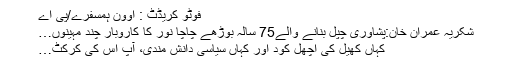
فوٹو کریڈٹ : اوون ہمسفرے/پی اے
شکریہ عمران خان:پشاوری چپل بنانے والے75 سالہ بوڑھے چاچا نور کا کاروبار چند مہینوں…
کہاں کھیل کی اچھل کود اور کہاں سیاسی دانش مندی، آپ اس کی کرکٹ…